Report on horse surra - Volume I
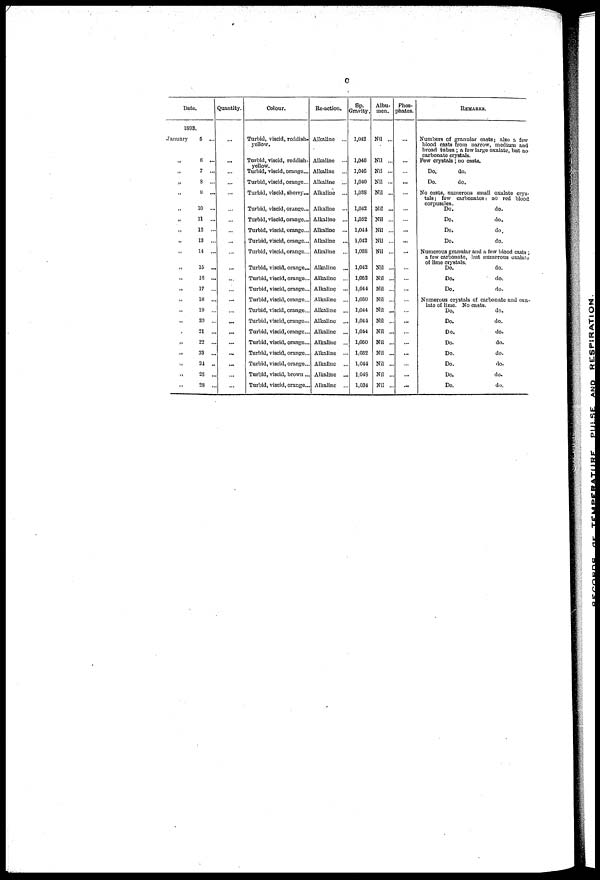
c
Date.
1803.
January
5
„ 6 ...
„ 7 ...
„ 8 ...
„ 9 ...
„ 10 ...
„ 11 ...
„ 12 ...
„ 13 ...
„ 14 ...
„ 15 ...
„ 16 ...
„ 17 ...
„ 18 ...
„ 19 ..
„ 20 ..
„ 21 ...
„
22
„ 23 ...
„ 21 ..
„ 25 ..
„ 28 ..
Quantity.
...
...
...
...
...
...
...
...
...
...
...
...
...
...
...
...
...
...
...
...
...
Colour.
Turbid, viscid, reddish-
yellow.
Turbid, viscid, reddish-
yellow.
Turbid, viscid, orange...
Turbid, viscid, orange...
Turbid, viscid, sherry...
Turbid, viscid, orange...
Turbid, viscid, orange...
Turbid, viscid, orange...
Turbid, viscid, orange...
Turbid, viscid, orange...
Turbid, viscid, orange...
Turbid, viscid, orange...
Turbid, viscid, orange...
Turbid, viscid, orange...
Turbid, viscid, orange...
Turbid, viscid, orange...
Turbid, viscid, orange...
Turbid, viscid, orange...
Turbid, viscid, orange...
Turbid, viscid, orange...
Turbid, viscid, brown...
Turbid, viscid, orange...
Re-action.
Alkaline ...
Alkaline ...
Alkaline
Alkaline ...
Alkaline ...
Alkaline
Alkaline
Alkaline
Alkaline
Alkaline
Alkaline
Alkaline
Alkaline
Alkaline
Alkaline
Alkaline
Alkaline
Alkaline
Alkaline ...
Alkaline
Alkaline ...
Alkaline
Sp.
Gravity.
1,042
1,046
1,046
1,040
1,038
1,042
1,052
1,044
1,042
1,038
1,042
1,052
1,044
1,050
1,044
1,044
1,044
1,050
1,052
1,044
1,048
1,034
Albu-
men.
Nil ...
Nil ...
Nil ...
Nil ...
Nil ...
Nil ...
Nil ...
Nil ...
Nil ...
Nil ...
Nil ...
Nil ...
Nil ...
Nil ...
Nil ...
Nil ...
Nil ...
Nil ...
Nil ...
Nil ...
Nil ...
Nil ...
Phos-
phates.
...
...
...
REMARKS,
Numbers of granular casts; also a few
blood casts from narrow, medium and
broad tubes ; a few large oxalate, but no
carbonate crystals.
Few crystals ; no casts.
Do.
do.
Do.
do.
No casts, numerous small oxalate crys-
tals ; few carbonates: no red blood
corpuscles.
Do.
do.
Do.
do.
Do.
do.
Do.
do.
Numerous granular and a few blood casts ;
a few carbonate, but numerous oxalate
of lime crystals.
Do.
do.
Do.
do.
Do.
do.
Numerous crystals of carbonate and oxa-
late of lime. No casts.
Do,
do.
Do.
do.
Do.
do.
Do.
do.
Do.
do.
Do.
do.
Do.
do.
Do.
do.